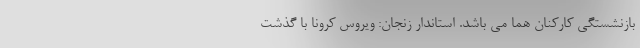
بازنشستگی کارکنان هما می باشد. استاندار زنجان: ویروس کرونا با گذشت